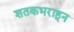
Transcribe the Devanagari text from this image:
शतकभराहून